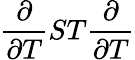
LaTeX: \frac{\partial}{\partial T}ST\frac{\partial}{\partial T}